Annual report of the Punjab Veterinary College and of the Civil Veterinary Department, Punjab - 1920-1925
Year: 1920
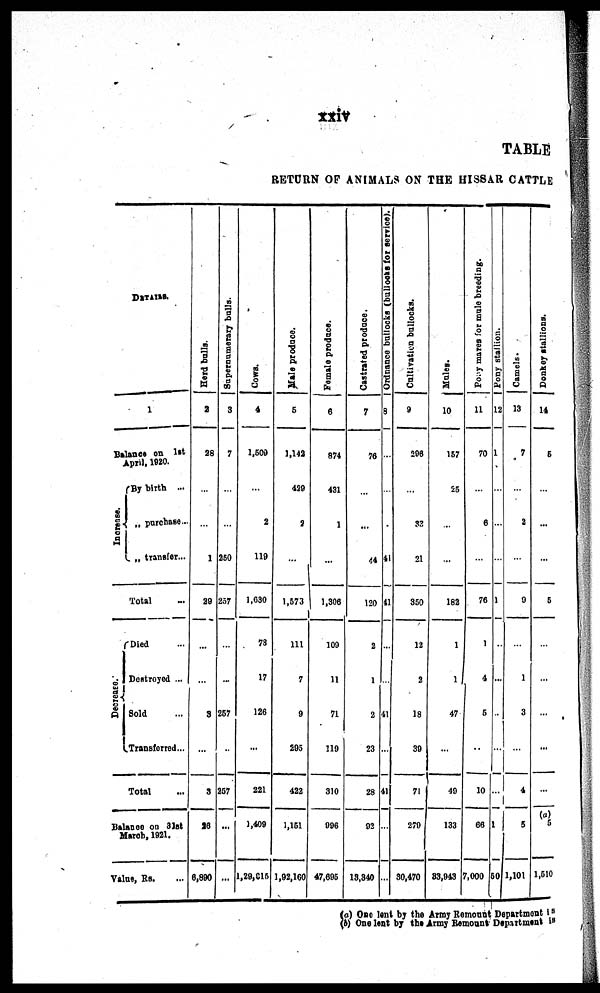
xxiv
TABLE
RETURN O F ANIMALS ON T H E HISSAR CATTLE
DETAI LS.
1
Bal ance o n 1st
Apri l , 1920.
I nc r e as e .
B y bi rth ...
„ purchase ...
„ transfer. . .
Total ...
De c r e as e .
Di ed ...
Dest royed . . .
Sol d ...
Transferred. . .
Total ...
Bal anee o n 31st
March, 1 9 2 1 .
Val ue, Rs. ...
Herd balls.
2
28
...
...
1
29
...
...
8
...
3
26
6, 890
Supernumerary bulls.
3
7
...
...
250
257
...
...
257
...
267
...
...
Cows.
4
1, 509
...
2
119
1, 630
78
17
126
...
221
1, 409
1, 29, 015
Male produce.
5
1, 142
429
2
...
1, 573
111
7
9
295
422
1, 151
1, 92, 160
Female produce.
6
874
431
1
...
1, 306
109
11
71
119
310
996
47, 695
Castrated produce.
7
76
...
...
44
120
2
1
2
23
28
92
13, 340
Ordnance bullocks (bullocks for service).
8
...
...
41
41
...
...
41
...
41
...
Cultivation bullocks.
9
296
...
82
21
350
12
2
18
39
71
270
30, 470
Males.
10
157
25
...
...
182
1
...
47
...
40
133
83, 943
P ony mares for male breeding.
|
11
70
...
6
...
76
1
4
5
...
10
66
7,000
Pony stallion.
12
1
...
...
...
1
...
...
...
...
...
1
50
Camels.
13
7
...
2
...
9
...
1
3
4
5
1, 101
Donkey stallions.
14
5
...
...
...
5
...
...
...
...
...
(a)
1, 610
(a) O n e lest b y t he Army Remount Depart ment is
( b) One lest b y t he Army Remount Department is